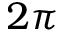
2 \pi